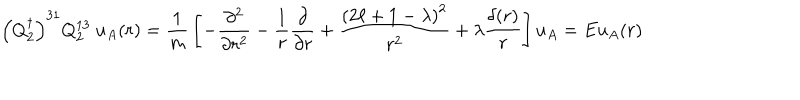
LaTeX: \left( Q _ { 2 } ^ { \dagger } \right) ^ { 3 1 } Q _ { 2 } ^ { 1 3 } \ u _ { A } ( { r } ) = { \frac { 1 } { m } } \left[ - { \frac { \partial ^ { 2 } } { \partial r ^ { 2 } } } - { \frac { 1 } { r } } { \frac { \partial } { \partial r } } + { \frac { \left( 2 \ell + 1 - \lambda \right) ^ { 2 } } { r ^ { 2 } } } + \lambda { \frac { \delta ( r ) } { r } } \right] u _ { A } = E u _ { A } ( { r } )